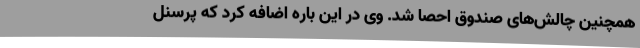
همچنین چالش‌های صندوق احصا شد. وی در این باره اضافه کرد که پرسنل